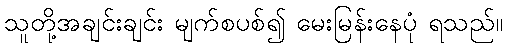
သူတို့အချင်းချင်း မျက်စပစ်၍ မေးမြန်းနေပုံ ရသည်။